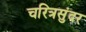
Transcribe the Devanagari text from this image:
चरित्रसुंदर